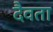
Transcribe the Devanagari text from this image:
दैवता